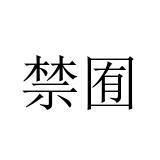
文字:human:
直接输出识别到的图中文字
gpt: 禁囿